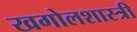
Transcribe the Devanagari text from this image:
खगोलशास्‍त्री